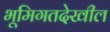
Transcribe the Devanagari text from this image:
भूमिगतदेखील